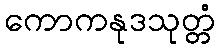
ကောကနုဒသုတ္တံ